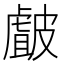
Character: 皻